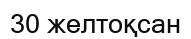
30 желтоқсан